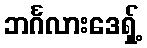
ဘင်္ဂလားဒေရှ့်